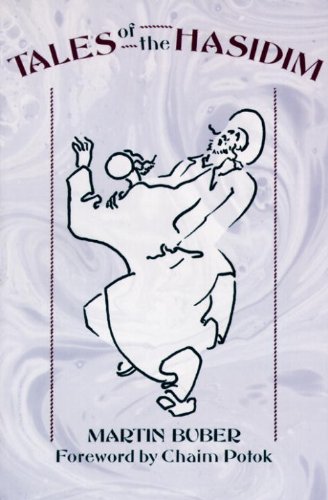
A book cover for Tales of the Hasidim (The Early Masters / The Later Masters); Martin Buber; Literature & Fiction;